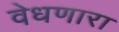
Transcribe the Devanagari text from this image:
वेधणारा